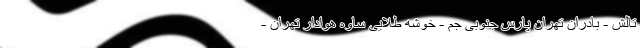
تالش - بادران تهران پارس جنوبی جم - خوشه طلایی ساوه هوادار تهران -